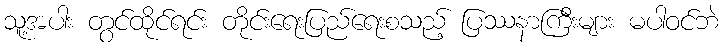
သူ့အပါး တွင်ထိုင်ရင်း တိုင်းရေးပြည်ရေးစသည့် ပြဿနာကြီးများ မပါဝင်ဘဲ